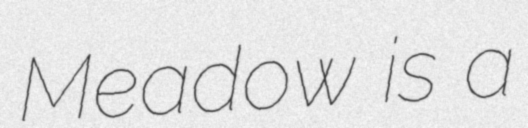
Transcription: Meadow is a